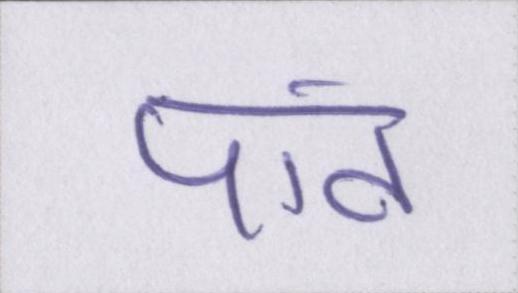
पांव